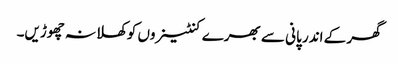
گھر کے اندر پانی سے بھرے کنٹینروں کوکھلا نہ چھوڑیں۔